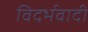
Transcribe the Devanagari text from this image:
विदर्भवादी